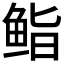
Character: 𮬜